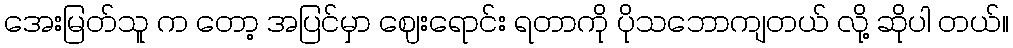
အေးမြတ်သူ က တော့ အပြင်မှာ ဈေးရောင်း ရတာကို ပိုသဘောကျတယ် လို့ ဆိုပါ တယ်။